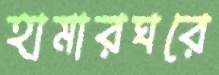
হামারঘরে